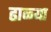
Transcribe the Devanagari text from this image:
ढाळ्या